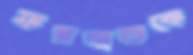
ফরহাতকে